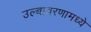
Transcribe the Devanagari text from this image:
उल्बावरणामध्ये